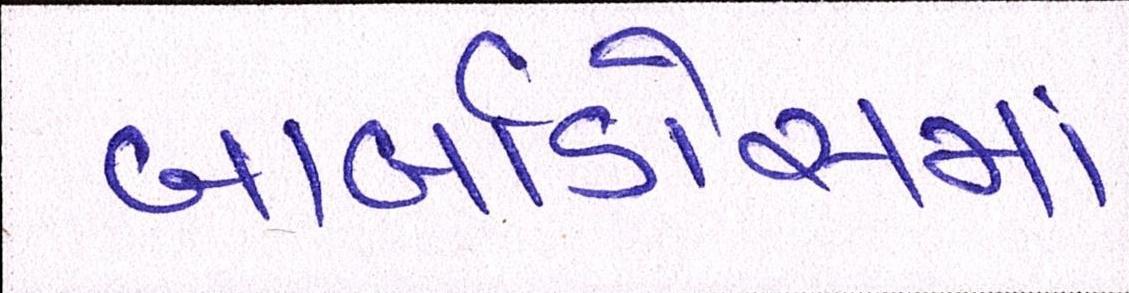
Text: બાર્બાડોસમાં